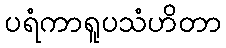
ပရံကာရူပသံဟိတာ